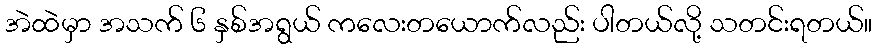
အဲထဲမှာ အသက် ၆ နှစ်အရွယ် ကလေးတယောက်လည်း ပါတယ်လို့ သတင်းရတယ်။